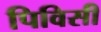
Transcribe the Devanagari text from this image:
पिविसी